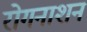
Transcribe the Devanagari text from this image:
रोगनाशन